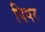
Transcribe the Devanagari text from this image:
पिपर